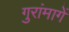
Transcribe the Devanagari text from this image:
गुरांमागें